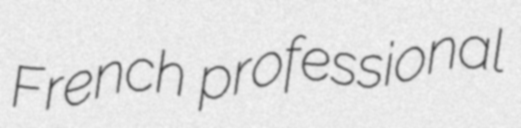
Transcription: French professional